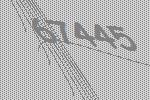
67445